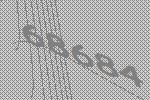
68684